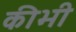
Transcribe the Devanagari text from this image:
कीभी